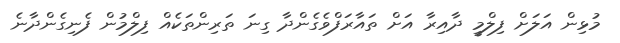
މުޅިން އަލަށް ފިލްމީ ދާއިރާ އަށް ތައާރަފްވެގެންދާ ގިނަ ތަރިންތަކެއް ފިލްމުން ފެނިގެންދާނެ